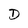
Character: D